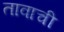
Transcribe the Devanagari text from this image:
तावाची